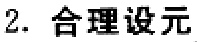
2. 合理设元